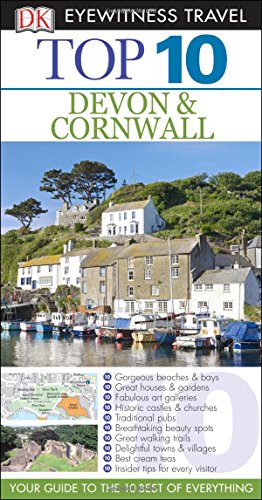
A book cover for Top 10 Devon and Cornwall (Eyewitness Top 10 Travel Guide); Robert Andrews; Travel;